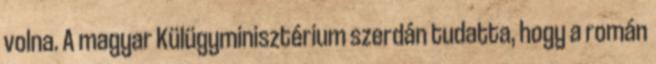
volna. A magyar Külügyminisztérium szerdán tudatta, hogy a román